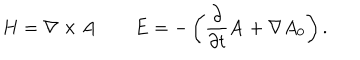
H = \nabla \times { \bf A } \qquad { \bf E } = - \left( \frac { \partial } { \partial t } { \bf A } + \nabla A _ { 0 } \right) .